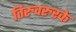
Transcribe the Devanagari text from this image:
तिरुवरुरके